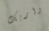
واريك